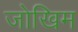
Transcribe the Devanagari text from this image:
जोखिम